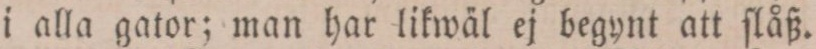
i alla gator; man har likwäl ej begynt att ſlåß.